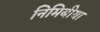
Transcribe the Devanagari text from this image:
निमिबीया